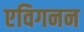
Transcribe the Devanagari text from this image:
एविगनन